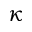
\kappa